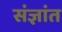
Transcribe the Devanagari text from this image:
संज्ञांत